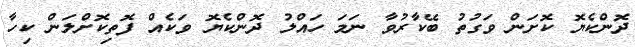
ދޮންކެޔޮ ކޮށަން ވަގުތު ބޭކާރުވާ ނަމަ ހައްލު ދޮންކެޔޮ ވަކެއް ފޮތިކޮށްލަން ކިހާ